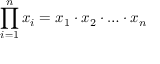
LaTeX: \prod _ { i = 1 } ^ { n } x _ { i } = x _ { 1 } \cdot x _ { 2 } \cdot \ldots \cdot x _ { n }